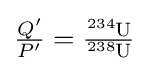
{\tfrac {Q'}{P'}}={\tfrac {{\ce {^234U}}}{{\ce {^238U}}}}